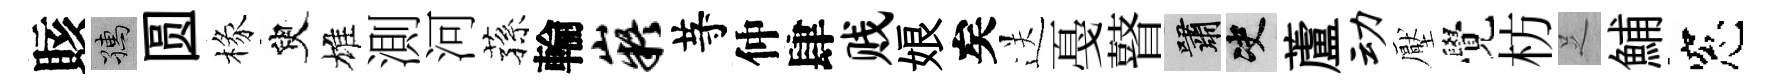
賅孺圆椽臾雄測河蓀輪嶷䒭仲肆贱娘矣送戞瞽嘯决蘆动壓覺枋𠯁鯆窓